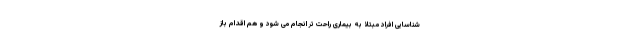
شناسایی افراد مبتلا به بیماری راحت تر انجام می شود و هم اقدام باز